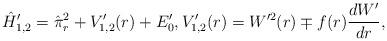
LaTeX: \begin{align*} \hat{H}'_{1,2} = \hat{\pi}_r^2 + V'_{1,2}(r) + E'_0, V'_{1,2}(r) = W^{\prime2}(r) \mp f(r) \frac{dW'}{dr}, \end{align*}